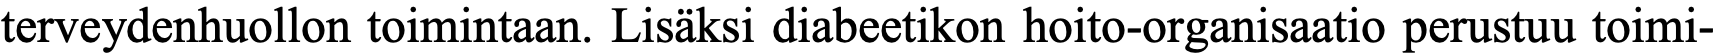
terveydenhuollon toimintaan. Lisäksi diabeetikon hoito-organisaatio perustuu toimi-